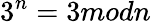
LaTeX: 3^{n}=3modn